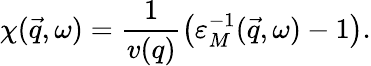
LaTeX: \chi(\vec{q},\omega)=\frac{1}{v(q)}\left({\varepsilon_{M}^{-1}}(\vec{q},\omega)-1\right).